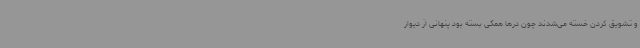
و تشویق کردن خسته می‌شدند چون درها همگی بسته بود پنهانی از دیوار